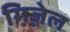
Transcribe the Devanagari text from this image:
गिज़ेल